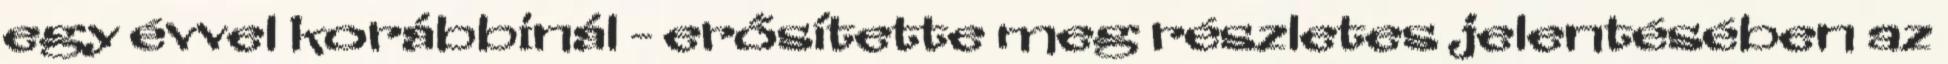
egy évvel korábbinál - erősítette meg részletes jelentésében az